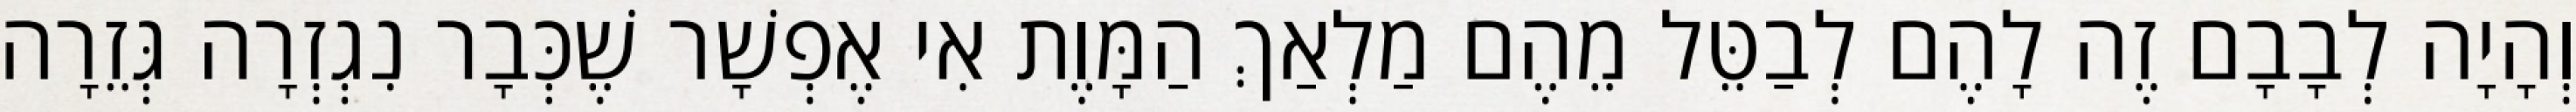
וְהָיָה לְבָבָם זֶה לָהֶם לְבַטֵּל מֵהֶם מַלְאַךְ הַמָּוֶת אִי אֶפְשָׁר שֶׁכְּבָר נִגְזְרָה גְּזֵרָה